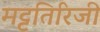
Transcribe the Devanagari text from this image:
मट्टतिरिजी